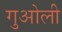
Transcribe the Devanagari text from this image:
गुओली